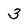
Character: 3